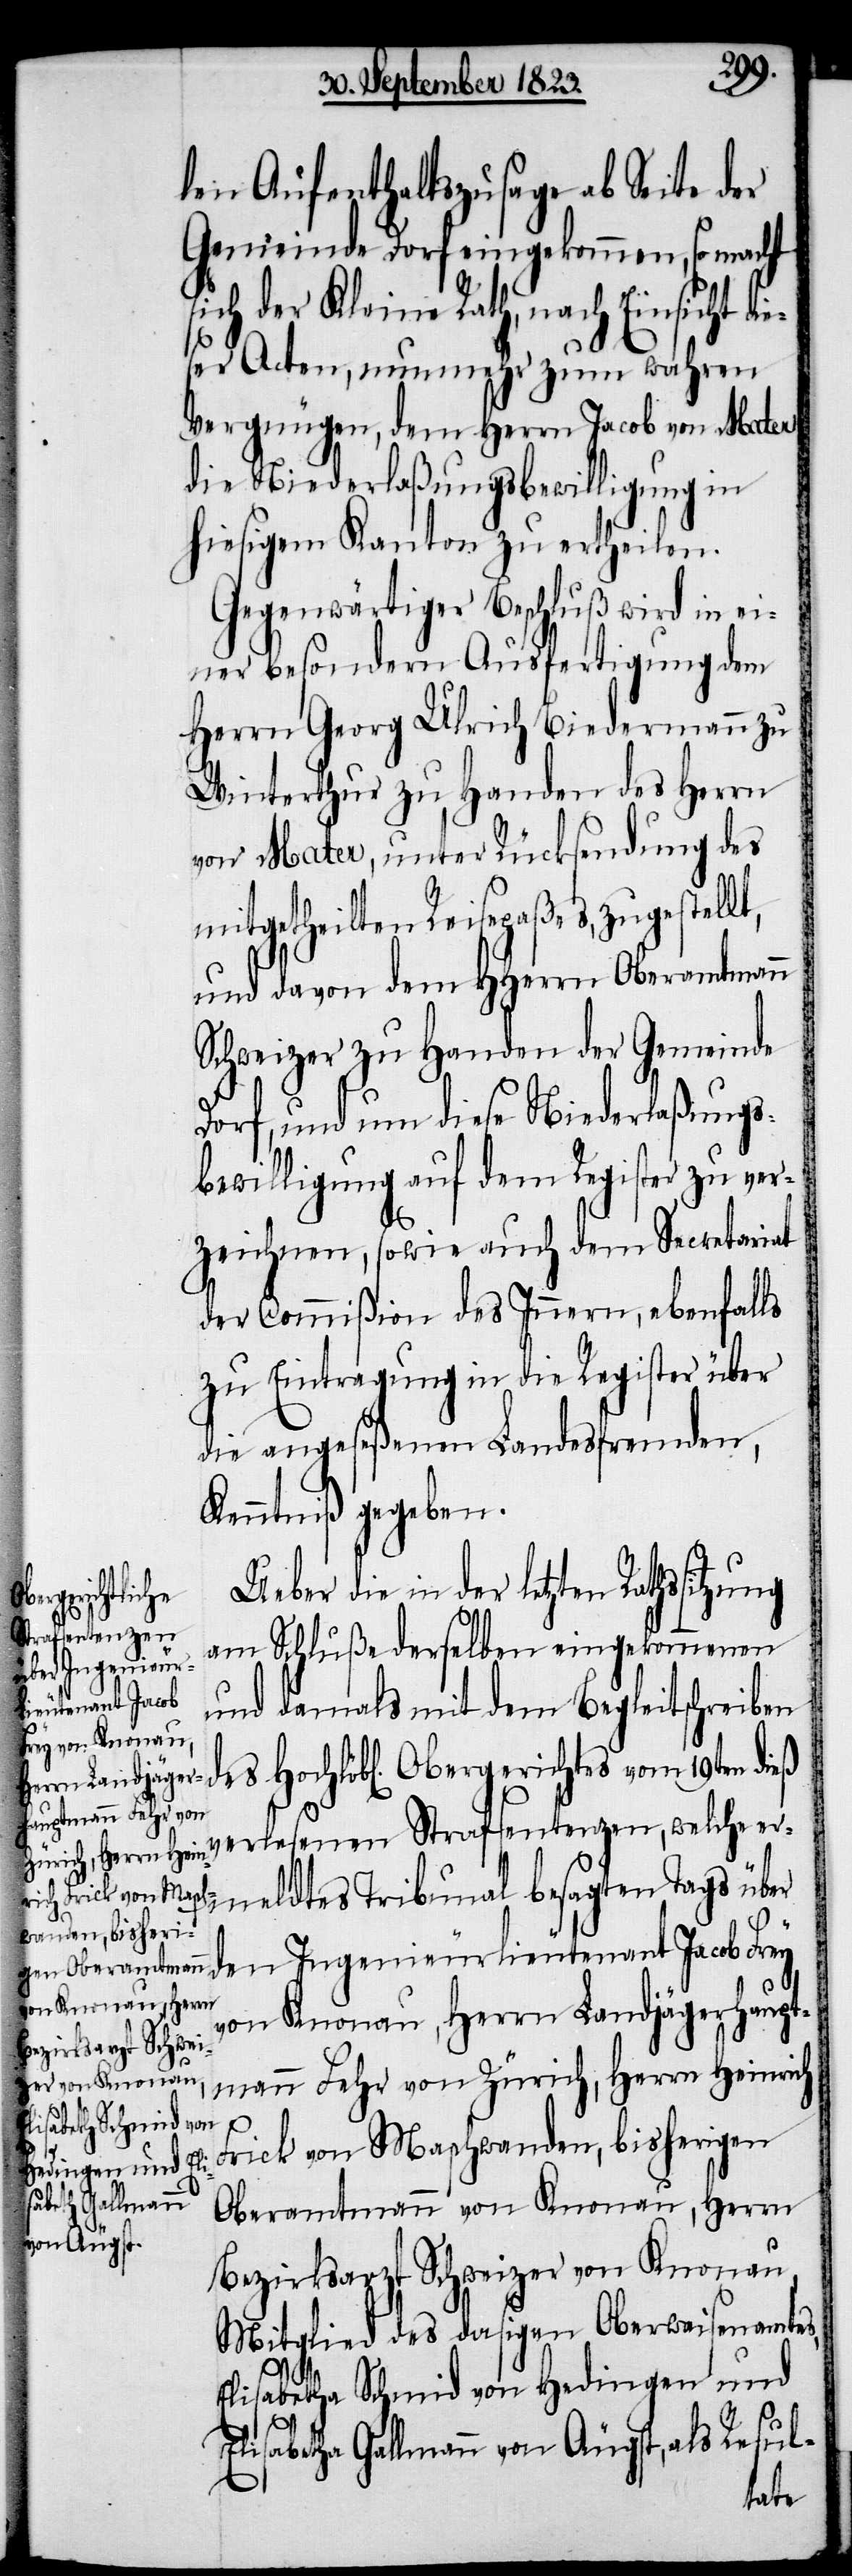
len Aufenthaltszusage ab Seite der
Gemeinde Dorf eingekommen, so macht
sich der Kleine Rath, nach Einsicht di¬
eser Acten, nunmehr zum wahren
Vergnügen, dem Herrn Jacob von Mater
die Niederlaßungsbewilligung in
hiesigem Kanton zu ertheilen.
Gegenwärtiger Beschluß wird in ei¬
ner besondern Ausfertigung dem
Herrn Georg Ulrich Biedermann
Winterthur zu Handen des Herrn
von Mater, unter Rücksendung des
mitgetheilten Reisepaßes, zugestellt,
und davon dem HHerrn Oberamtmann
Schweizer zu Handen der Gemeinde
Dorf, und um diese Niederlaßungs¬
bewilligung auf dem Register zu ver¬
zeichnen, sowie auch dem Secretariat
der Commißion des Innern, ebenfalls
zu Eintragung in die Register über
die angeseßenen Landesfremden,
Kenntniß gegeben.
Ueber die in der letzten
am Schluße derselben eingekommenen
und damals mit dem Begleitschreiben
verlesenen Strafsentenzen, welche er¬
meldtes Tribunal besagten Tags über
den Ingenieurlieutenant Jacob Frey
von Knonau, Herrn Landjägerhaupt¬
mann Fehr von Zürich, Herrn Heinrich
Frick von Maschwanden, bisherigen
Oberamtmann von Knonau, Herrn
Bezirksarzt Schweizer von Knonau,
Mitglied des dasigen Oberwaisenamtes,
Elisabetha Schmid von Hedingen und
Elisabetha Gallmann von Äugst, als Resul-